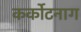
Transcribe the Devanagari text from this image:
कर्कोटनाग